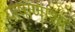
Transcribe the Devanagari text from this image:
पाषाणाश्व